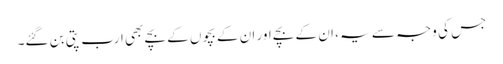
جس کی وجہ سے یہ ، ان کے بچے اور ان کے بچوں کے بچے بھی ارب پتی بن گئے۔